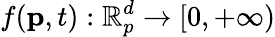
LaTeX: f(\mathbf{p},t):\mathbb{R}_{p}^{d}\rightarrow[0,+\infty)